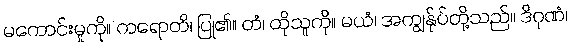
မကောင်းမှုကို။ ကရောတိ၊ ပြု၏။ တံ၊ ထိုသူကို။ မယံ၊ အကျွန်ုပ်တို့သည်။ ဒိဂုဏံ၊